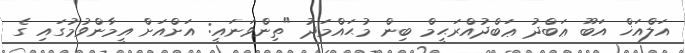
އަލްއަޚް އަބޫ ޢަބްދު ޢަބްދުއްރަޙީމް ބިން މުޙައްމަދު "ތިންވަނައީ: އަށްއަށް އީމާންވުމުގައި ގެ